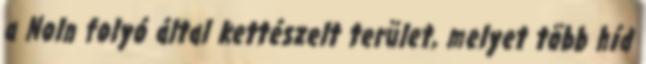
a Noln folyó által kettészelt terület, melyet több híd